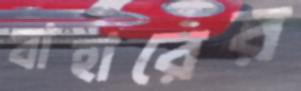
বাহারের